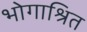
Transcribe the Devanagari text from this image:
भोगाश्रित